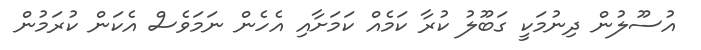
އުސޫލުން ދިނުމަކީ ގަބޫލު ކުރާ ކަމެއް ކަމަށާއި އެހެން ނަމަވެސް އެކަން ކުރަމުން